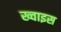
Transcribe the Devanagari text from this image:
ख्वाइस